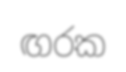
ඟරක